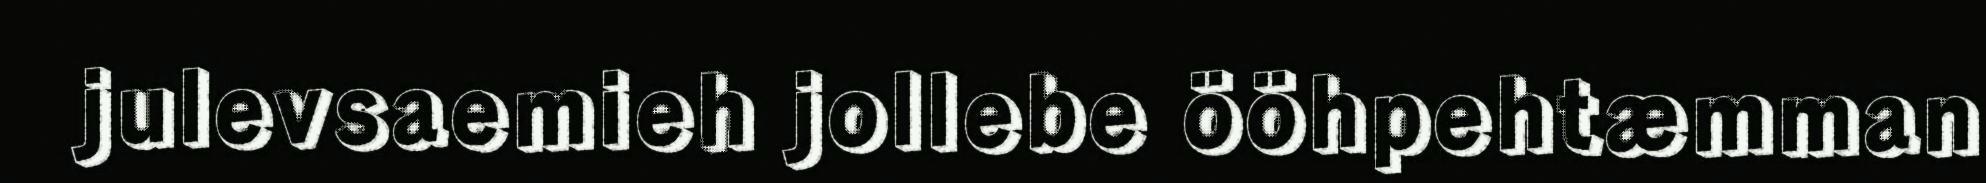
julevsaemieh jollebe ööhpehtæmman